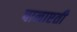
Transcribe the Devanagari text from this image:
पानाएती